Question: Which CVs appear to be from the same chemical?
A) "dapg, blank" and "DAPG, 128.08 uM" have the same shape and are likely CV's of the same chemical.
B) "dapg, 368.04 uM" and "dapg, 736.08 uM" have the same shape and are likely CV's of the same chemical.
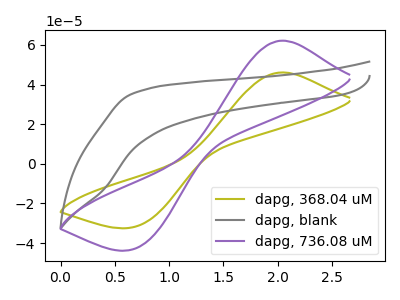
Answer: <think>The olive curve "dapg, 368.04 uM" has an anodic peak at (2.05V, 46.10uA) and a cathodic peak at (0.70V, -31.55uA). The gray curve "dapg, blank" has no peaks. The purple curve "dapg, 736.08 uM" has an anodic peak at (2.05V, 62.15uA) and a cathodic peak at (0.70V, -42.50uA).
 "dapg, 368.04 uM" and "dapg, blank" have a different number of peaks. All the peaks in "dapg, 368.04 uM" have a peak in "dapg, 736.08 uM" at the same potential. Every peak in "dapg, 368.04 uM" is lower than every peak in "dapg, 736.08 uM". "dapg, blank" and "dapg, 736.08 uM" have a different number of peaks.</think>
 <answer>B) "dapg, 368.04 uM" and "dapg, 736.08 uM" have the same shape and are likely CV's of the same chemical.</answer>
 <eval>B</eval>